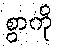
စွာကို